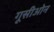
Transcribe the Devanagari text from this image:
गूसीओन